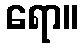
ရော။